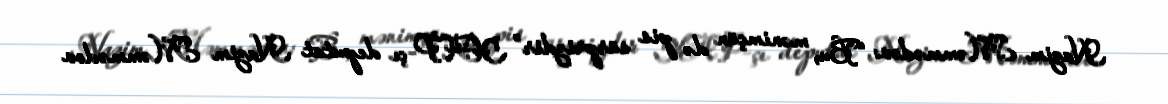
Nazim Məmmədov: “Bu, mənimçün də pis sürprizdir” YAP-çı deputat Nazim Məmmədov